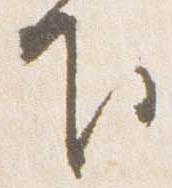
下